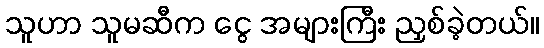
သူဟာ သူမဆီက ငွေ အများကြီး ညှစ်ခဲ့တယ်။